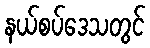
နယ်စပ်ဒေသတွင်